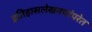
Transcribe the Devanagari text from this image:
इतिहासलेखनपरंपरेत